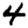
Digit: 4